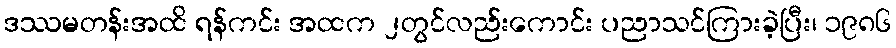
ဒဿမတန်းအထိ ရန်ကင်း အထက ၂တွင်လည်းကောင်း ပညာသင်ကြားခဲ့ပြီး၊ ၁၉၈၆